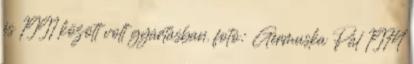
és 1991 között volt gyártásban. fotó: Germuska Pál 1974